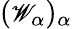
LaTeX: ({\small{\mathscr W}}_{\alpha})_{\alpha}